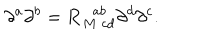
\partial ^ { a } \partial ^ { b } = { \bf R } _ { M \; c d } ^ { \; \; a b } \partial ^ { d } \partial ^ { c } .